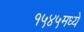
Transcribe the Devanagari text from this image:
१५४५मध्ये